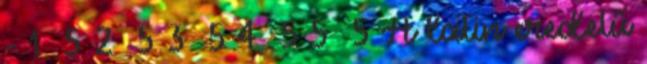
- 1 5 2 5 3 5 4 5 5 5 A latin eredetű